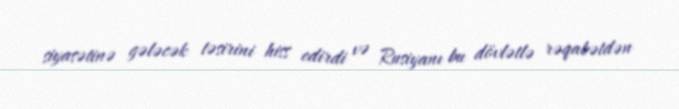
siyasətinə gələcək təsirini hiss edirdi və Rusiyanı bu dövlətlə rəqabətdən